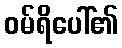
ဝမ်ရိပေါ်၏